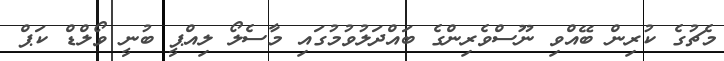
މެޗުގެ ކުރިން ބޭއްވި ނޫސްވެރިންގެ ބައްދަލުވުމުގައި މާސެލޯ ލިއްޕީ ބުނީ ވޯލްޑް ކަޕް